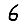
Digit: 6